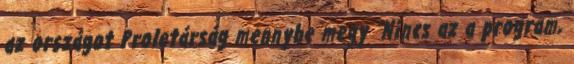
az országot Proletárság mennybe megy "Nincs az a program,